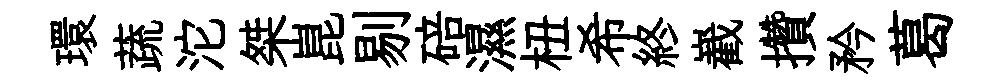
環蔬沱桀崑剔碚濕杻希終嶻攢矜葛